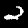
Label: 2